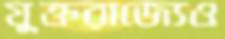
যুক্তরাজ্যেও